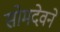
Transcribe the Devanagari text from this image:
सोमदेवने